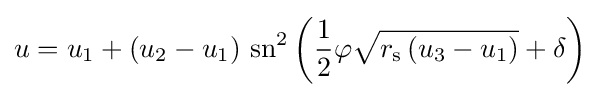
u=u_{1}+\left(u_{2}-u_{1}\right)\,\mathrm {sn} ^{2}\left({\frac {1}{2}}\varphi {\sqrt {r_{\text{s}}\left(u_{3}-u_{1}\right)}}+\delta \right)